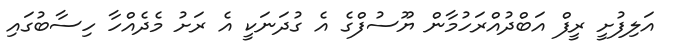
އަލިފުށީ ރީފް އަބްދުއްރަހުމާން ޔޫސުފްގެ އެ ގުދަނަކީ އެ ރަށު މެދެއްހާ ހިސާބުގައި